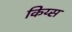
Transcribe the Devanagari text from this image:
किय्स